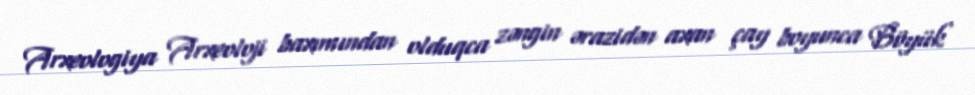
Arxeologiya Arxeoloji baxımından olduqca zəngin ərazidən axan çay boyunca Böyük